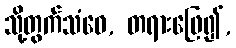
သို့တွက်သံဝေ, တရားဖြေ၍,